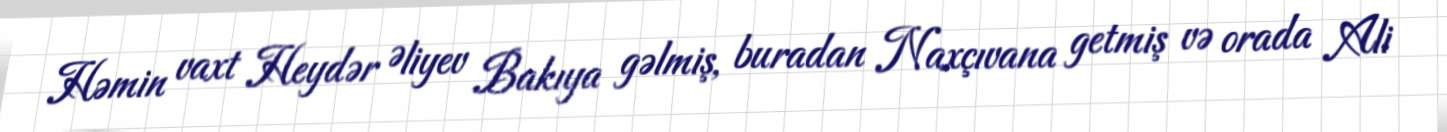
Həmin vaxt Heydər Əliyev Bakıya gəlmiş, buradan Naxçıvana getmiş və orada Ali